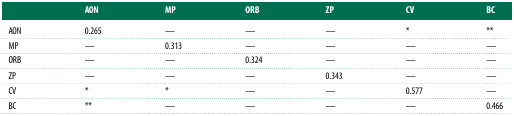
<table><thead><tr><td></td><td><b>AON</b></td><td><b>MP</b></td><td><b>ORB</b></td><td><b>ZP</b></td><td><b>CV</b></td><td><b>BC</b></td></tr></thead><tbody><tr><td>AON</td><td>0.265</td><td>—</td><td>—</td><td>—</td><td>*</td><td>**</td></tr><tr><td>MP</td><td>—</td><td>0.313</td><td>—</td><td>—</td><td>—</td><td>—</td></tr><tr><td>ORB</td><td>—</td><td>—</td><td>0.324</td><td>—</td><td>—</td><td>—</td></tr><tr><td>ZP</td><td>—</td><td>—</td><td>—</td><td>0.343</td><td>—</td><td>—</td></tr><tr><td>CV</td><td>*</td><td>*</td><td>—</td><td>—</td><td>0.577</td><td>—</td></tr><tr><td>BC</td><td>**</td><td>—</td><td>—</td><td>—</td><td>—</td><td>0.466</td></tr></tbody></table>